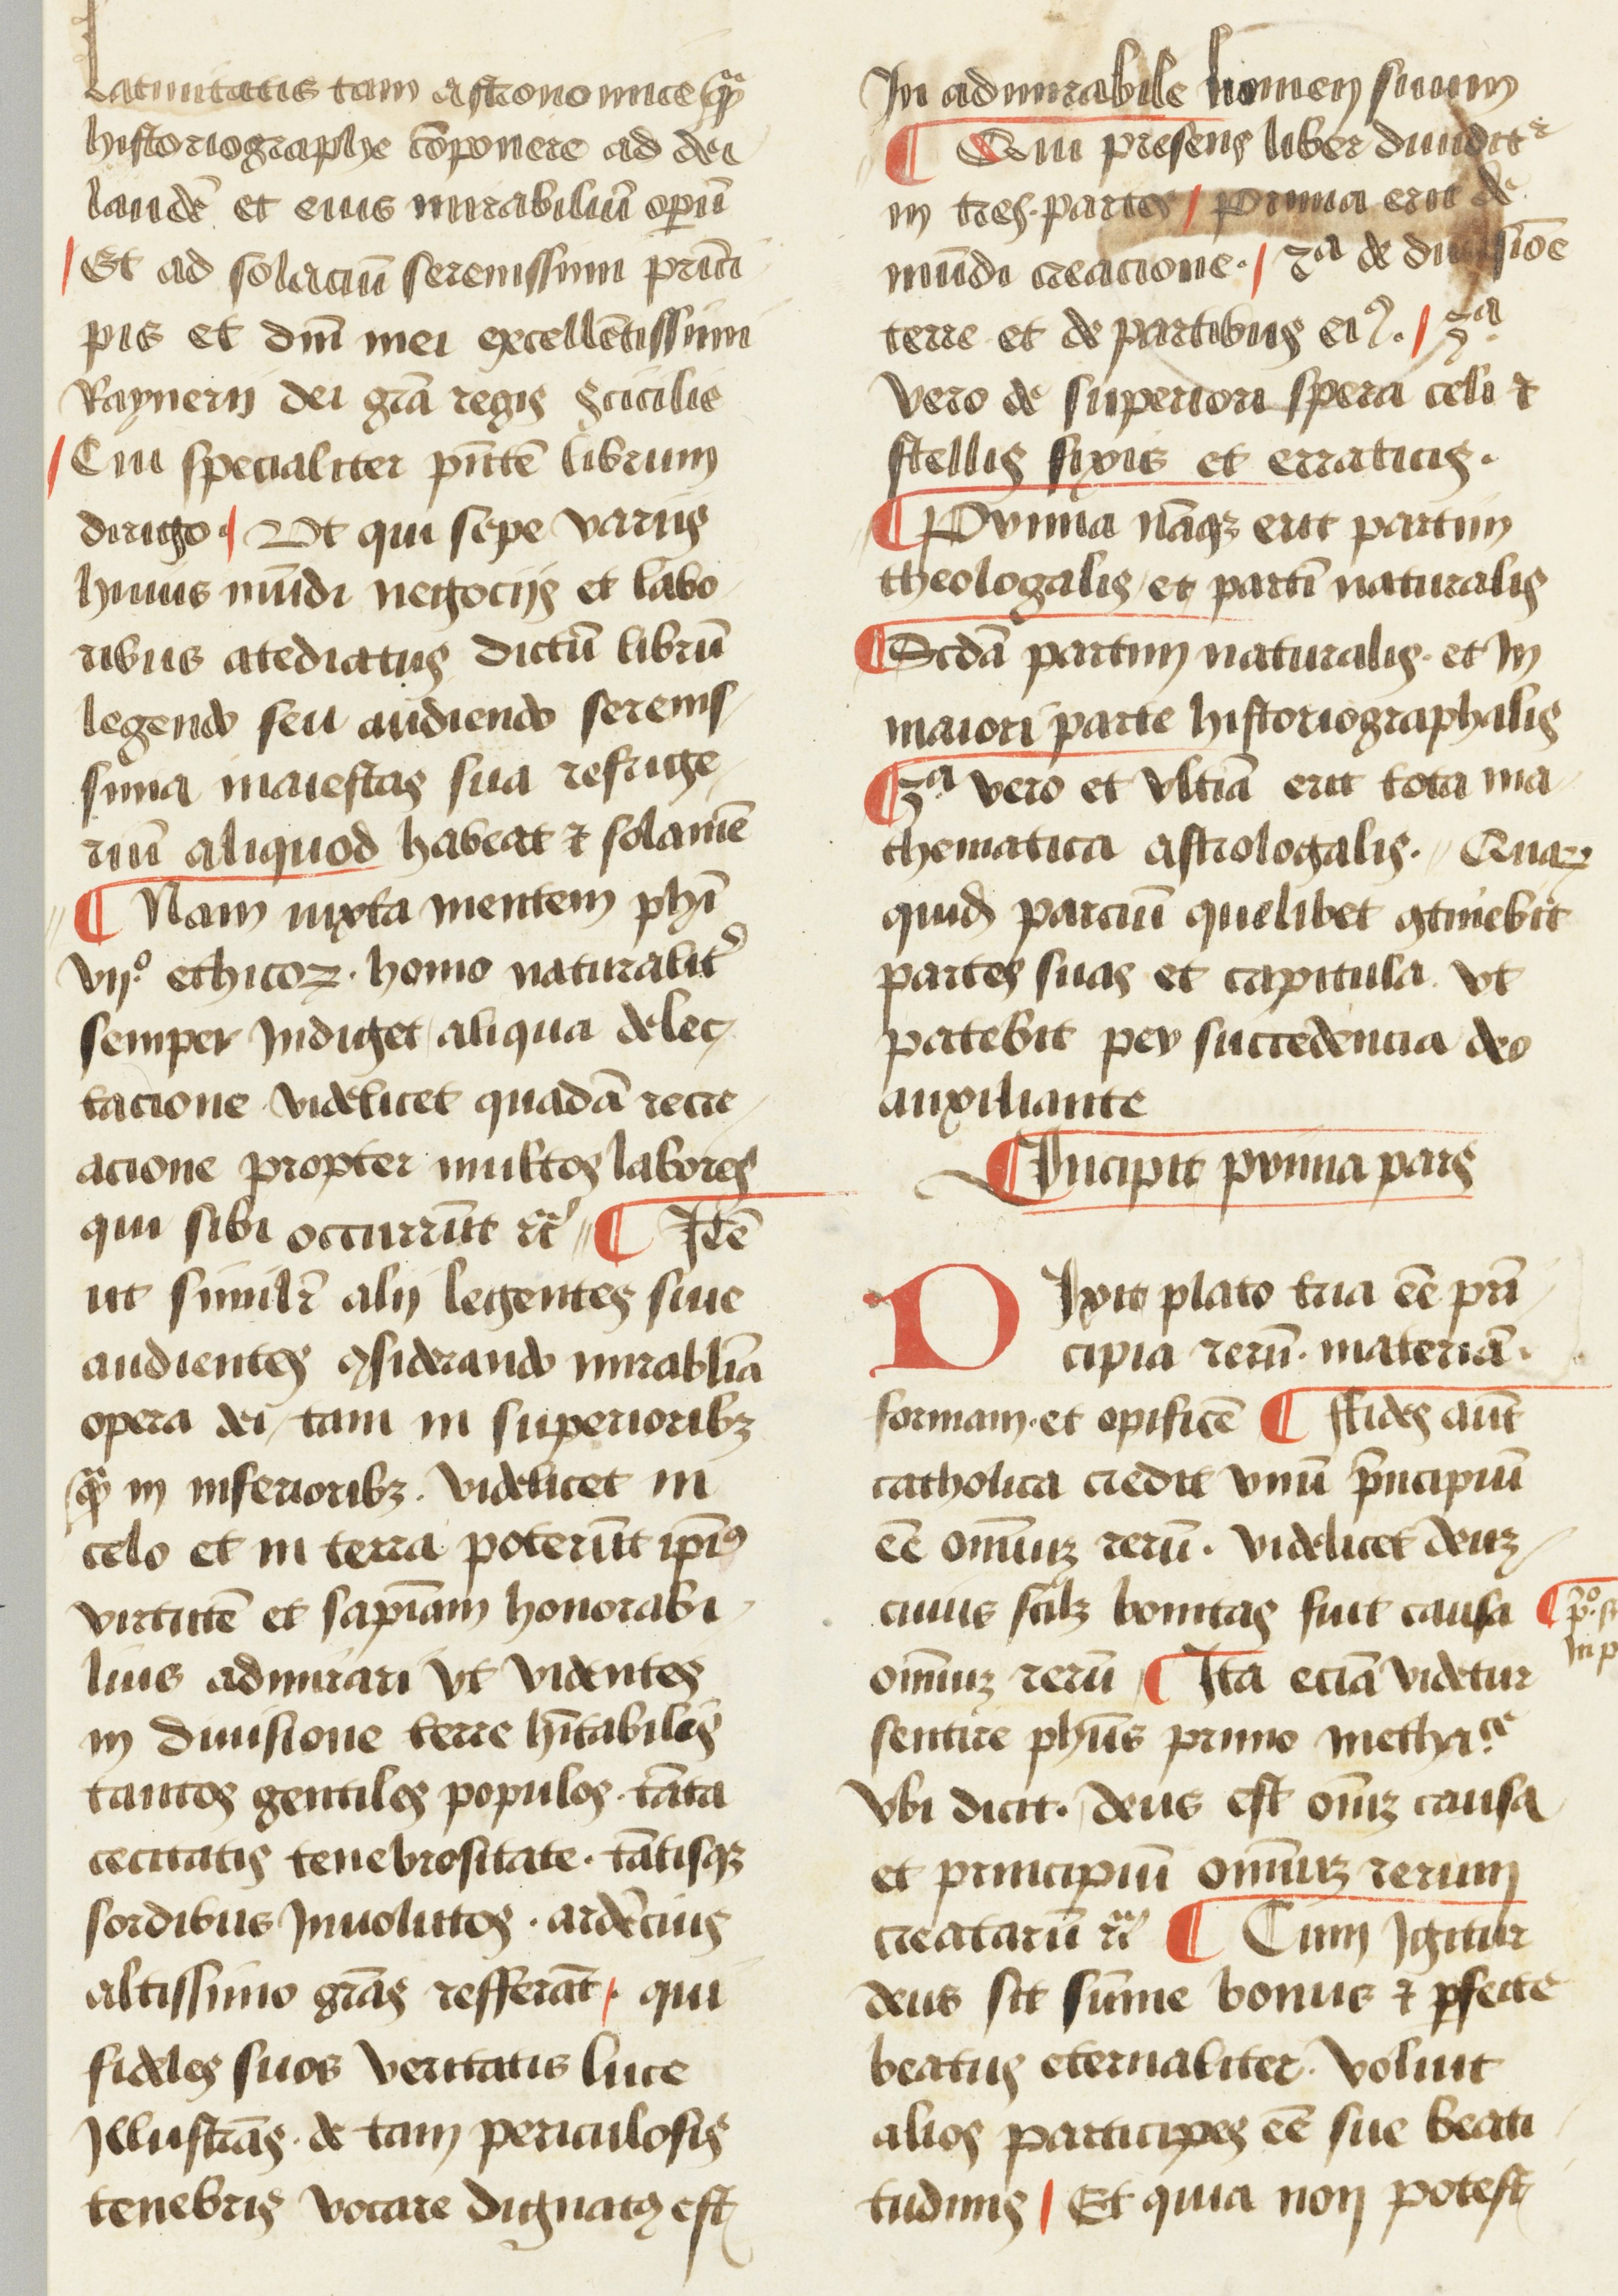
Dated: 1450–1474